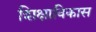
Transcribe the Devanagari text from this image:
शिक्षाविकास